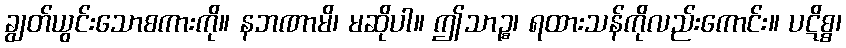
ချွတ်ယွင်းသောစကားကို။ နဘဏာမိ၊ မဆိုပါ။ ဤသာဉ္စ၊ ရထားသန်ကိုလည်းကောင်း။ ပဋိစ္စ၊